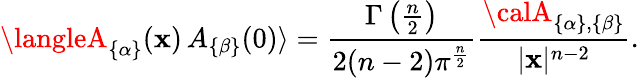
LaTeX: \langleA_{\{ \alpha\} }(\mathbf{x})\, A_{\{ \beta\} }(0)\rangle={\frac{{\Gamma\left({\frac{{n}}{{2}}}\right)}}{{2(n-2)\pi^{\frac{{n}}{{2}}}}}}{\frac{{{\calA}_{\{ \alpha\} ,\{ \beta\} }}}{{|\mathbf{x}|^{n-2}}}}.